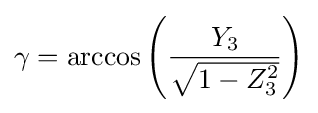
\gamma =\arccos \left({\frac {Y_{3}}{\sqrt {1-Z_{3}^{2}}}}\right)